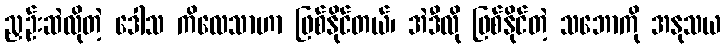
ညှဉ်းဆဲလိုတဲ့ ဒေါသ ကိလေသာဟာ ဖြစ်နိုင်တယ်၊ အဲဒီလို ဖြစ်နိုင်တဲ့ သဘောကို အနုသယ